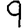
Digit: 9